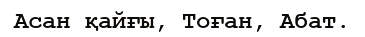
Асан қайғы, Тоған, Абат.